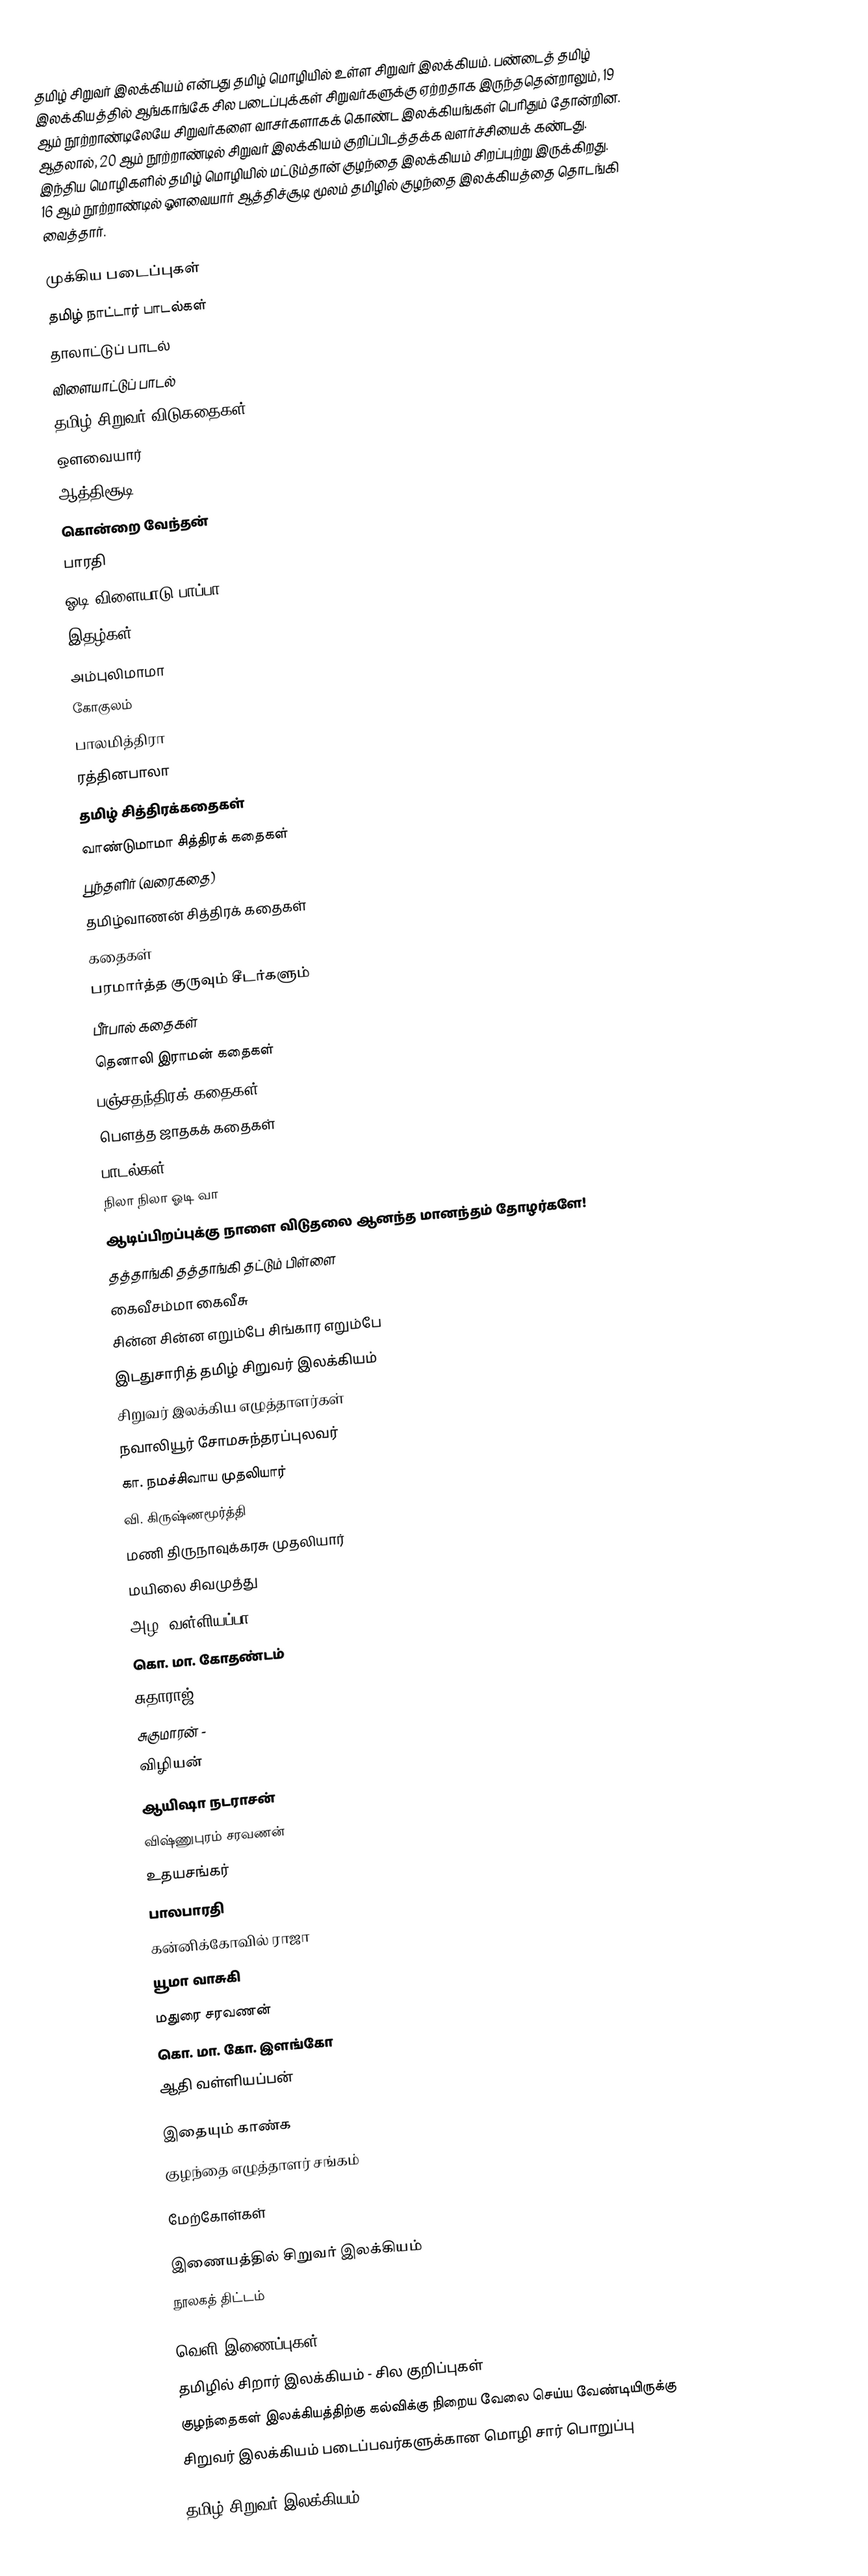
தமிழ் சிறுவர் இலக்கியம் என்பது தமிழ் மொழியில் உள்ள சிறுவர் இலக்கியம்.  பண்டைத் தமிழ் இலக்கியத்தில் ஆங்காங்கே சில படைப்புக்கள் சிறுவர்களுக்கு ஏற்றதாக இருந்ததென்றாலும், 19 ஆம் நூற்றாண்டிலேயே சிறுவர்களை வாசர்களாகக் கொண்ட இலக்கியங்கள் பெரிதும் தோன்றின. ஆதலால், 20 ஆம் நூற்றாண்டில் சிறுவர் இலக்கியம் குறிப்பிடத்தக்க வளர்ச்சியைக் கண்டது. இந்திய மொழிகளில் தமிழ் மொழியில் மட்டும்தான் குழந்தை இலக்கியம் சிறப்புற்று இருக்கிறது. 16 ஆம் நூற்றாண்டில் ஔவையார் ஆத்திச்சூடி மூலம் தமிழில் குழந்தை இலக்கியத்தை தொடங்கி வைத்தார்.

முக்கிய படைப்புகள்
 தமிழ் நாட்டார் பாடல்கள்
 தாலாட்டுப் பாடல்
 விளையாட்டுப் பாடல்
 தமிழ் சிறுவர் விடுகதைகள்
 ஔவையார்
 ஆத்திசூடி
 கொன்றை வேந்தன்
 பாரதி
 ஓடி விளையாடு பாப்பா
 இதழ்கள்
 அம்புலிமாமா
 கோகுலம்
 பாலமித்திரா
 ரத்தினபாலா
 தமிழ் சித்திரக்கதைகள்
 வாண்டுமாமா சித்திரக் கதைகள்
 பூந்தளிர் (வரைகதை)
 தமிழ்வாணன் சித்திரக் கதைகள்
 கதைகள்
 பரமார்த்த குருவும் சீடர்களும்
 பீர்பால் கதைகள்
 தெனாலி இராமன் கதைகள்
 பஞ்சதந்திரக் கதைகள்
 பௌத்த ஜாதகக் கதைகள்
 பாடல்கள்
 நிலா நிலா ஓடி வா
 ஆடிப்பிறப்புக்கு நாளை விடுதலை ஆனந்த மானந்தம் தோழர்களே!
 தத்தாங்கி தத்தாங்கி தட்டும் பிள்ளை
 கைவீசம்மா கைவீசு
 சின்ன சின்ன எறும்பே சிங்கார எறும்பே
 இடதுசாரித் தமிழ் சிறுவர் இலக்கியம்
 சிறுவர் இலக்கிய எழுத்தாளர்கள்
நவாலியூர் சோமசுந்தரப்புலவர்
 கா. நமச்சிவாய முதலியார்
 வி. கிருஷ்ணமூர்த்தி
 மணி திருநாவுக்கரசு முதலியார்
 மயிலை சிவமுத்து
 அழ. வள்ளியப்பா
 கொ. மா. கோதண்டம்
 சுதாராஜ்
 சுகுமாரன் -
 விழியன்
 ஆயிஷா நடராசன்
 விஷ்ணுபுரம் சரவணன்
 உதயசங்கர்
 பாலபாரதி
 கன்னிக்கோவில் ராஜா
 யூமா வாசுகி
 மதுரை சரவணன்
 கொ. மா. கோ. இளங்கோ
 ஆதி வள்ளியப்பன்

இதையும் காண்க
 குழந்தை எழுத்தாளர் சங்கம்

மேற்கோள்கள்

இணையத்தில் சிறுவர் இலக்கியம்
 நூலகத் திட்டம்

வெளி இணைப்புகள்
 தமிழில் சிறார் இலக்கியம் - சில குறிப்புகள்
 குழந்தைகள் இலக்கியத்திற்கு கல்விக்கு நிறைய வேலை செய்ய வேண்டியிருக்கு
 சிறுவர் இலக்கியம் படைப்பவர்களுக்கான மொழி சார் பொறுப்பு

தமிழ் சிறுவர் இலக்கியம்